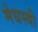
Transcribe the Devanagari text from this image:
मेधस्वी